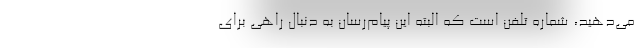
می‌دهید، شماره تلفن است که البته این پیام‌رسان به دنبال راهی برای